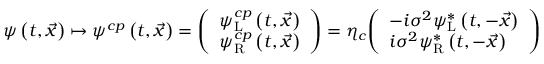
\psi \left( t , { \vec { x } } \right) \mapsto \psi ^ { c p } \left( t , { \vec { x } } \right) = { \left( \begin{array} { l } { \psi _ { \mathrm { L } } ^ { c p } \left( t , { \vec { x } } \right) } \\ { \psi _ { \mathrm { R } } ^ { c p } \left( t , { \vec { x } } \right) } \end{array} \right) } = \eta _ { c } { \left( \begin{array} { l } { - i \sigma ^ { 2 } \psi _ { \mathrm { L } } ^ { * } \left( t , - { \vec { x } } \right) } \\ { i \sigma ^ { 2 } \psi _ { \mathrm { R } } ^ { * } \left( t , - { \vec { x } } \right) } \end{array} \right) }